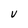
Character: V